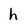
Character: h